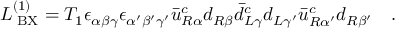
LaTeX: { \cal L } _ { \mathrm { \tiny ~ B X } } ^ { ( 1 ) } = T _ { 1 } \epsilon _ { \alpha \beta \gamma } \epsilon _ { \alpha ^ { \prime } \beta ^ { \prime } \gamma ^ { \prime } } \bar { u } _ { R \alpha } ^ { c } d _ { R \beta } \bar { d } _ { L \gamma } ^ { c } d _ { L \gamma ^ { \prime } } \bar { u } _ { R \alpha ^ { \prime } } ^ { c } d _ { R \beta ^ { \prime } } \quad .